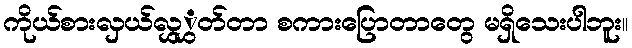
ကိုယ်စားလှယ်လွှွှတ်တာ စကားပြောတာတွေ မရှိသေးပါဘူး။